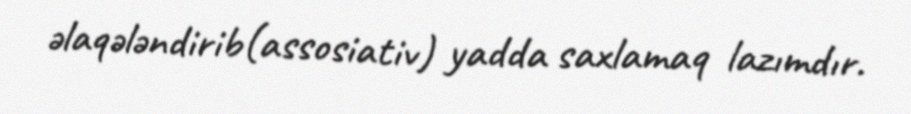
əlaqələndirib(assosiativ) yadda saxlamaq lazımdır.